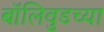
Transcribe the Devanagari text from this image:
बॉलिवुडच्या